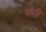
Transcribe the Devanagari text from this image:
चॅसी